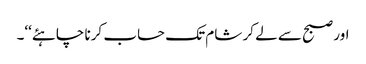
اور صبح سے لے کر شام تک حساب کرنا چاہئے‘‘۔